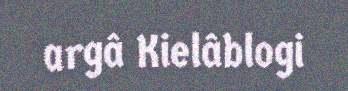
argâ Kielâblogi